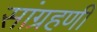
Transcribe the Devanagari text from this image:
सांग्रहणी